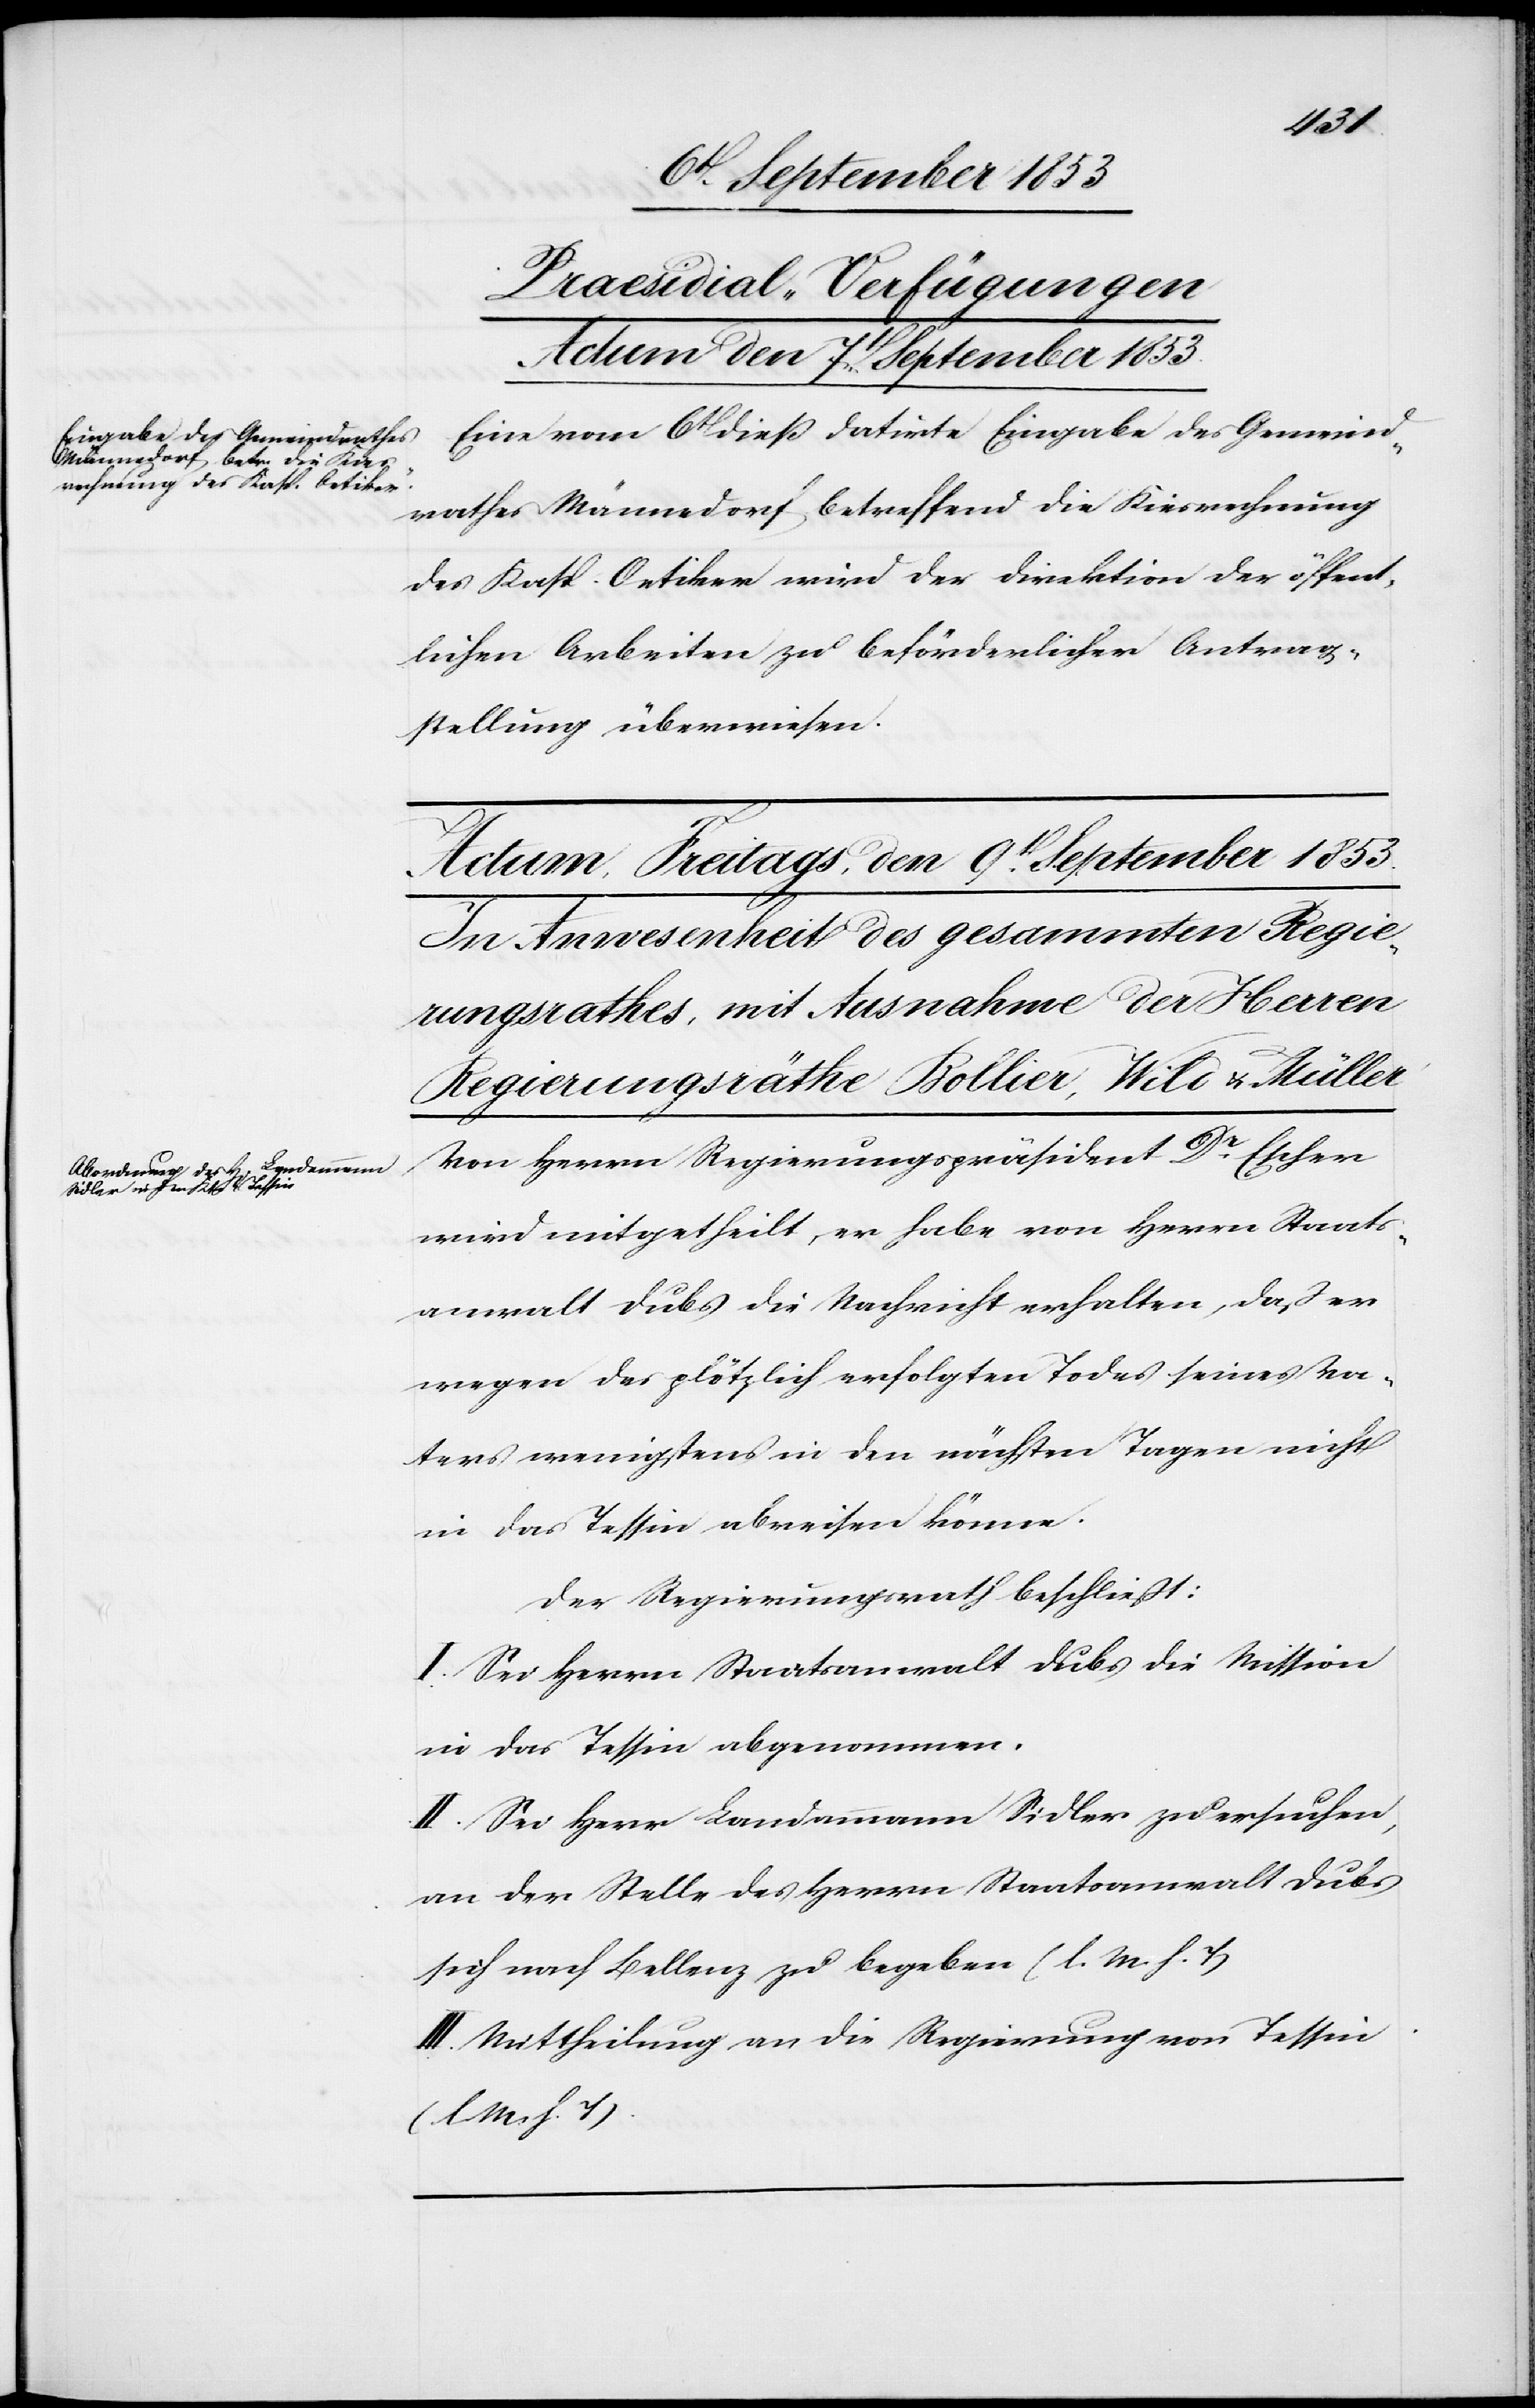
Praesidial-Verfügungen
Actum den 7t September 1853.
Eine vom 6t dieß datirte Eingabe des Gemeind¬
rathes Männedorf betreffend die Kiesrechnung
des Kasp. Oetiker wird der Direktion der öffent¬
lichen Arbeiten zu beförderlicher Antrag¬
stellung überwiesen.
Von Herrn Regierungspräsident Dr Escher
wird mitgetheilt, er habe von Herrn Staats¬
anwalt Dubs die Nachricht erhalten, daß er
wegen des plötzlich erfolgten Todes seines Va¬
ters wenigstens in den nächsten Tagen nicht
in das Tessin abreisen könne.
Der Regierungsrath beschließt:
I. Sei Herrn Staatsanwalt Dubs die Mission
in das Tessin abgenommen.
II. Sei Herr Landammann Sidler zu ersuchen,
an der Stelle des Herrn Staatsanwalt Dubs
sich nach Bellenz zu begeben. [l. M. h. T]
III. Mittheilung an die Regierung von Tessin.
[l. M. h. T]